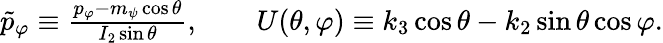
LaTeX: \begin{array}{r}{\tilde{p}_{\varphi}\equiv\frac{p_{\varphi}-m_{\psi}\cos\theta}{I_{2}\sin\theta},\qquad U(\theta,\varphi)\equiv k_{3}\cos\theta-k_{2}\sin\theta\cos\varphi.}\end{array}